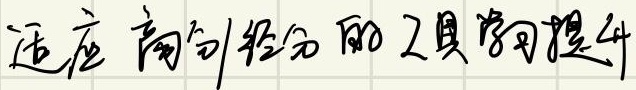
适应商创/经办的工具学习提升